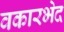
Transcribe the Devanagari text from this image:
वकारभेद